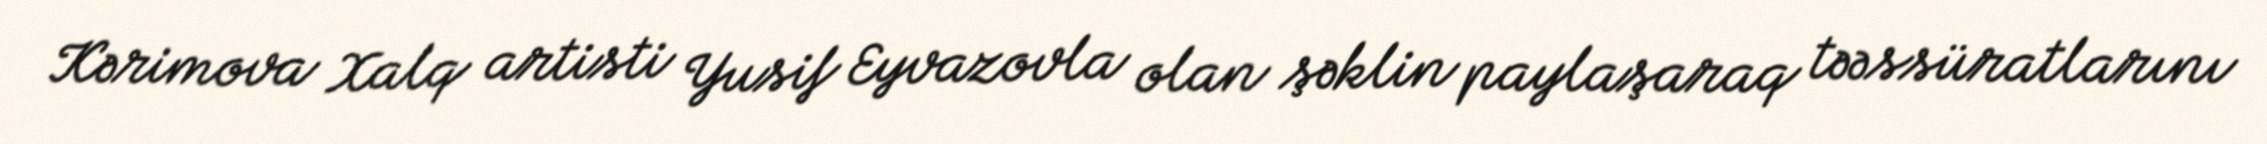
Kərimova Xalq artisti Yusif Eyvazovla olan şəklin paylaşaraq təəssüratlarını